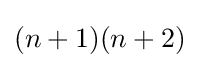
(n+1)(n+2)